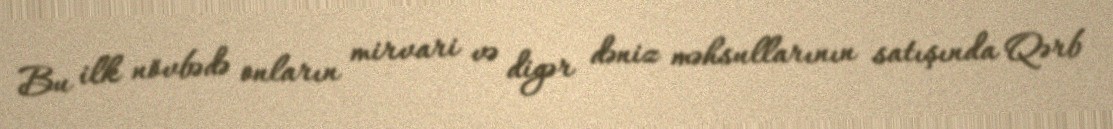
Bu ilk növbədə onların mirvari və digər dəniz məhsullarının satışında Qərb